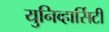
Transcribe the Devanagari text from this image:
युनिव्हार्सिटी